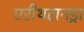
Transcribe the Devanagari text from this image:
एरीथरानड्रा